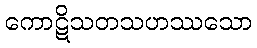
ကောဋိသတသဟဿသော